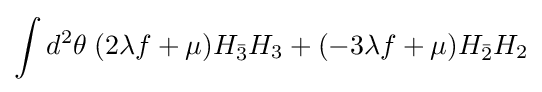
\int d^{2}\theta \;(2\lambda f+\mu )H_{\bar {3}}H_{3}+(-3\lambda f+\mu )H_{\bar {2}}H_{2}